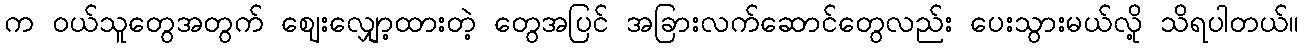
က ဝယ်သူတွေအတွက် ဈေးလျှော့ထားတဲ့ တွေအပြင် အခြားလက်ဆောင်တွေလည်း ပေးသွားမယ်လို့ သိရပါတယ်။